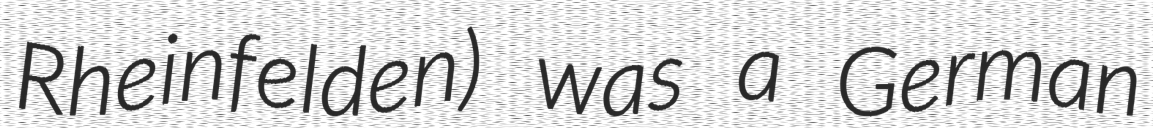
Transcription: Rheinfelden) was a German